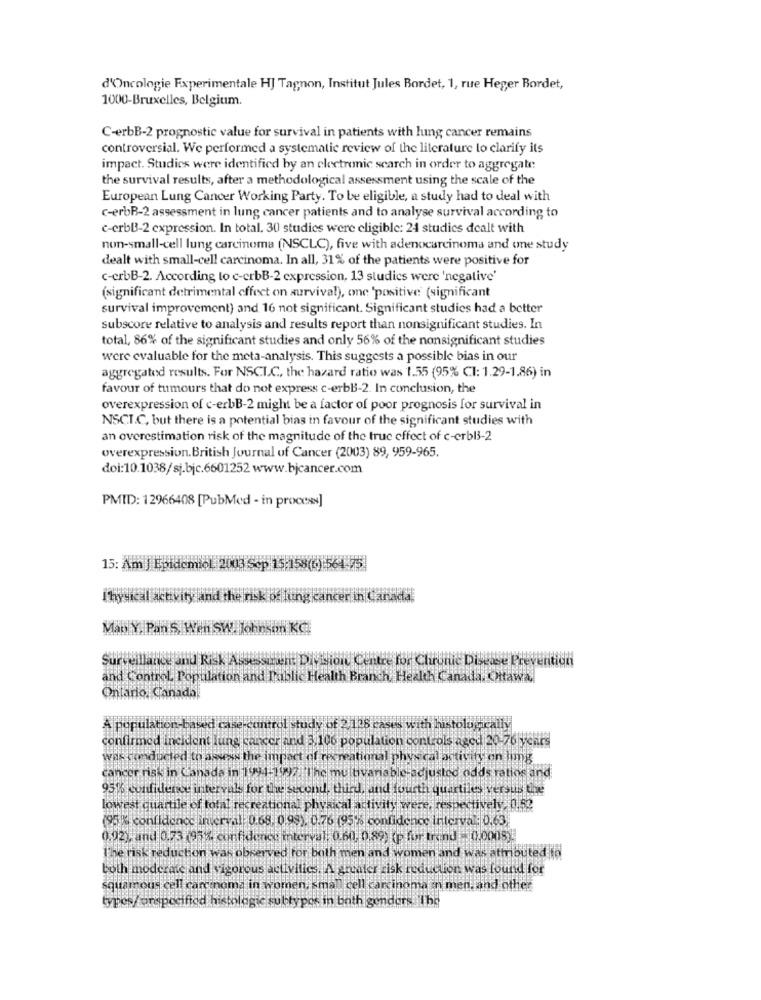
d'Oncologie Experimentale HJ Tagnon, Institut Jules Bordet, 1, rue Heger Bordet,
1000-Bruxelles, Belgium.
C-erbB-2 prognostic value for survival in patients with lung cancer remains
controversial. We performed a systematic review of the literature to clarify its
impact. Studies were identified by an electronic search in order to aggregate
the survival results, after a methodological assessment using the scale of the
European Lung Cancer Working Party. To be eligible, a study had to deal with
c-erbB-2 assessment in lung cancer patients and to analyse survival according to
c-crbB-2 expression. In total. 30 studies were eligible: 24 studies dealt with
non-small-cell lung carcinoma (NSCLC), five with adenocarcinoma and one study
dealt with small-cell carcinoma. In all, 31% of the patients were positive for
c-crbB-2. According to c-crbB-2 expression, 13 studies were 'negative'
(significant detrimental effect on survival), one 'positive (significant
survival improvement) and 16 not significant. Significant studies had a better
subscore relative to analysis and results report than nonsignificant studies. In
total, 86% of the significant studies and only 56% of the nonsignificant studies
were evaluable for the meta-analysis. This suggests a possible bias in our
aggregated results. For NSCLC, the hazard ratio was 1.55 (95% Cl: 1.29-1.86) in
favour of tumours that do not express c-erbB-2. In conclusion, the
overexpression of c-erbB-2 might be a factor of poor prognosis for survival in
NSCT.C, but there is a potential bias in favour of the significant studies with
an overestimation risk of the magnitude of the truc effect of c-erbl3-2
overexpression. British Journal of Cancer (2003) 89, 959-965.
doi:10.1038/sj.bjc.6601252 www.bjcancer.com
PMID: 12966408 [PubMed - in process]
15: Am | Epidemiol. 2003 Sep 15:158(6) 564-75
Thysical aktivity and the risk of lung cancer in Canada,
Mab Y. Pan S. Wen SW. Johnson KC
Surveillance and Risk Assessizient Division Centre for Chronic Disease Prevention
and Control Population and Public Health Branch, Health Canada. Ottawa.
Ontario, Canadal
A population-based case control study of 2.125 cases with histologically
confirmed incident lung cancer and : 106 population controls aged 20-76 years
was conducted to assess the impact of recreational physical activity on himg
cancer risk in Canada in 1994-1997. The multivariable adjusted odds ratios and
951% confidence interval for the second, third, and fourth quartiles versus the
lowest quartile of total recreational physical activity were, respectively. 0.50
(95 % confidence interval: 0.68. 0.99). 0.76 95 - confidence interval: 0.63
0.92), and 0.73 (95% confidence interval. 0.60, 0,89) (p for brand = 0,0008)
The risk reduction was observed for both men and women and was attributed to
both moderate and vigorous activities, A greater risk reduction was found for
squamous cell carcinoma in women, small cell carcinoma an men. and other
types/ unspecified histologic subtypes in bath genders The